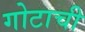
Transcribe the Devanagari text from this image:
गोटाची